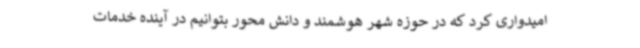
امیدواری کرد که در حوزه شهر هوشمند و دانش محور بتوانیم در آینده خدمات